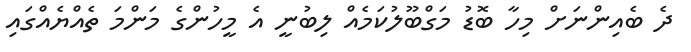
ދެ ބެއިންނަށް މިހާ ބޮޑު މަގްބޫލުކަމެއް ލިބުނީ އެ މީހުންގެ މަންމަ ތެއްޔެއްގައި